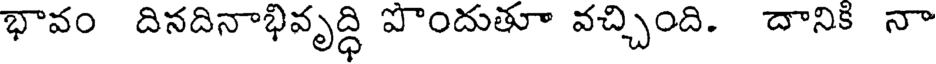
భావం దినదినాభివృద్ధి పొందుతూ వచ్చింది. దానికి నా